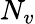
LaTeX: N_{v}